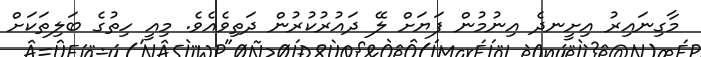
މާގިނައިރު އިށީނދެ އިނުމުން ފަޔަށް ލޭ ދައުރުކުރުން ދަތިވެއެވެ. މިއީ ހިތުގެ ބަލިތަކަށް